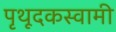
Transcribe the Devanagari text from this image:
पृथूदकस्वामी